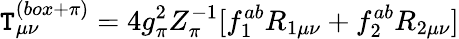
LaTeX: \mathtt{T}_{\mu\nu}^{(box+\pi)}=4g_{\pi}^{2}Z_{\pi}^{-1}[f_{1}^{ab}R_{1\mu\nu}+f_{2}^{ab}R_{2\mu\nu}]